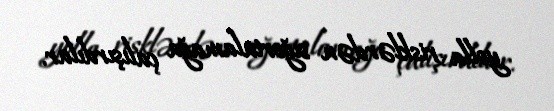
yolla risklərdən sığortalamağa çalışırdılar.